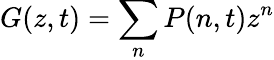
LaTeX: G(z,t)=\sum_{n}P(n,t)z^{n}